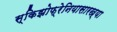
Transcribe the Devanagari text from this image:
स्किझोफ्रेनियासारख्या